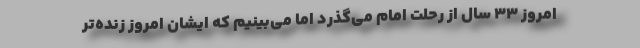
امروز ۳۳ سال از رحلت امام می‌گذرد اما می‌بینیم که ایشان امروز زنده‌تر